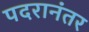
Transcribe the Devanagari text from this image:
पदरानंतर